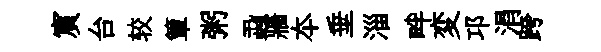
賔台较簞粥蝨牆夲垂淄畔変邛涓跨